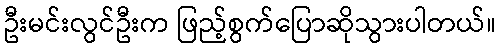
ဦးမင်းလွင်ဦးက ဖြည့်စွက်ပြောဆိုသွားပါတယ်။